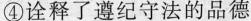
④诠释了遵纪守法的品德